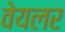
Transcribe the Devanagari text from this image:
वेयलर